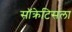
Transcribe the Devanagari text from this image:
सॉक्रेटिसला